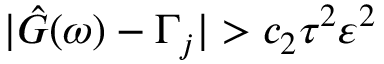
| \hat { G } ( \omega ) - \Gamma _ { j } | > c _ { 2 } \tau ^ { 2 } \varepsilon ^ { 2 }